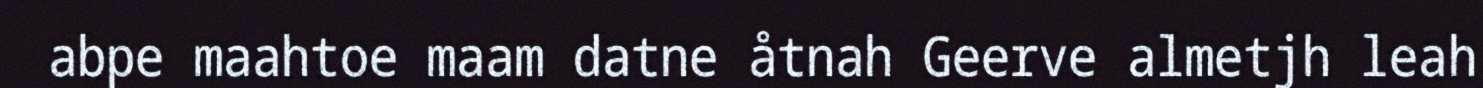
abpe maahtoe maam datne åtnah Geerve almetjh leah